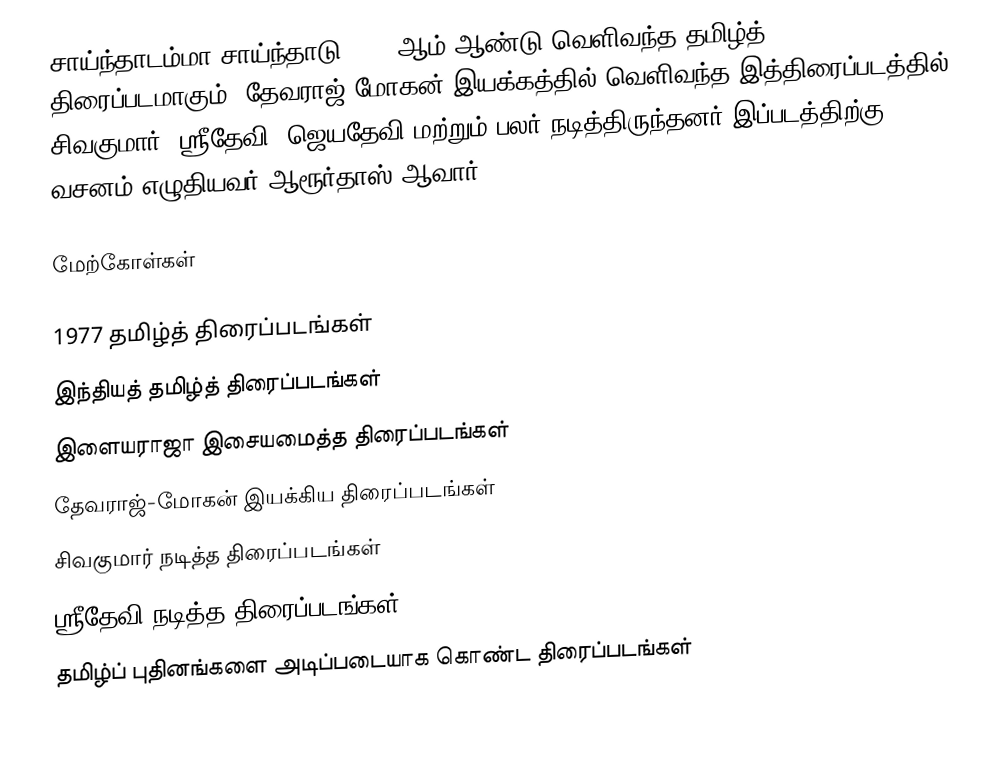
சாய்ந்தாடம்மா சாய்ந்தாடு 1977 ஆம் ஆண்டு வெளிவந்த தமிழ்த் திரைப்படமாகும். தேவராஜ்-மோகன் இயக்கத்தில் வெளிவந்த இத்திரைப்படத்தில் சிவகுமார், ஸ்ரீதேவி, ஜெயதேவி மற்றும் பலர் நடித்திருந்தனர்.இப்படத்திற்கு வசனம் எழுதியவர் ஆரூர்தாஸ் ஆவார்.

மேற்கோள்கள்

1977 தமிழ்த் திரைப்படங்கள்
இந்தியத் தமிழ்த் திரைப்படங்கள்
இளையராஜா இசையமைத்த திரைப்படங்கள்
தேவராஜ்-மோகன் இயக்கிய திரைப்படங்கள்
சிவகுமார் நடித்த திரைப்படங்கள்
ஸ்ரீதேவி நடித்த திரைப்படங்கள்
தமிழ்ப் புதினங்களை அடிப்படையாக கொண்ட திரைப்படங்கள்